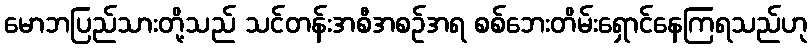
မောဘပြည်သားတို့သည် သင်တန်းအစီအစဉ်အရ စစ်ဘေးတိမ်းရှောင်နေကြရသည်ဟု